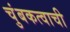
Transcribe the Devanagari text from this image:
चुंबकत्वाची